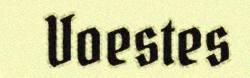
Voestes